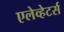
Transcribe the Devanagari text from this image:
एलेव्हेटर्स